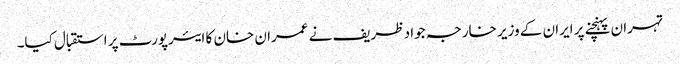
تہران پہنچنے پر ایران کے وزیر خارجہ جواد ظریف نے عمران خان کا ایئرپورٹ پر استقبال کیا۔